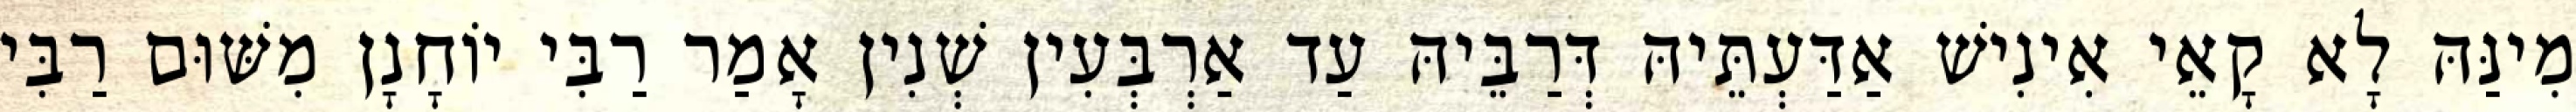
מִינַּהּ לָא קָאֵי אִינִישׁ אַדַּעְתֵּיהּ דְּרַבֵּיהּ עַד אַרְבְּעִין שְׁנִין אָמַר רַבִּי יוֹחָנָן מִשּׁוּם רַבִּי